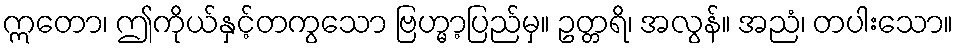
ဣတော၊ ဤကိုယ်နှင့်တကွသော ဗြဟ္မာ့ပြည်မှ။ ဥတ္တရိ၊ အလွန်။ အညံ၊ တပါးသော။